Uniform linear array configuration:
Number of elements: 4
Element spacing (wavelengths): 0.25
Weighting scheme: hamming
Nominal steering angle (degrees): -45
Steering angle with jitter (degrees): -44.587
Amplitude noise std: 0.05
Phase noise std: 0.05

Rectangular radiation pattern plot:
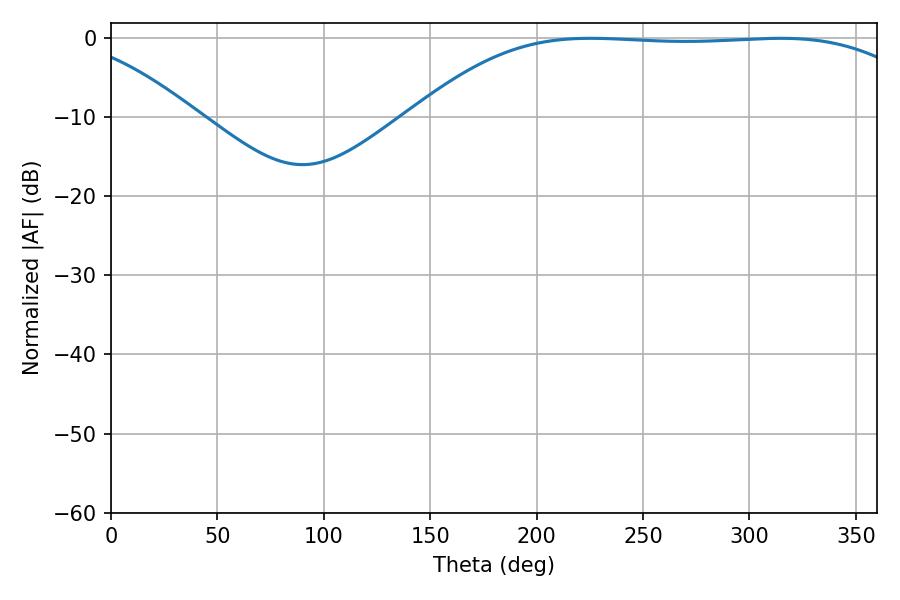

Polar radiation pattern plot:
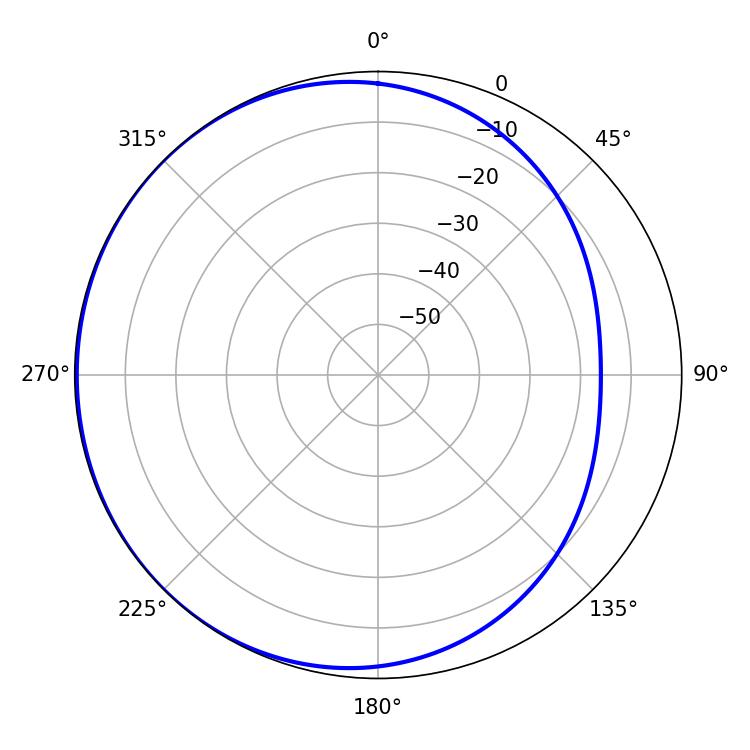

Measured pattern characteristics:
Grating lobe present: FALSE
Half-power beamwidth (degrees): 184.86
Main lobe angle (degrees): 225.36